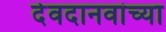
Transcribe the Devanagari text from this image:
देवदानवांच्या